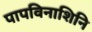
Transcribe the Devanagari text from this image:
पापविनाशिनि